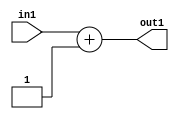
`timescale 1ps / 1ps
/*****************************************************************************
    Verilog RTL Description
    
    
    Created by: Stratus DpOpt 2019.1.01 
*******************************************************************************/

module feature_write_addr_gen_Add2i1u32_4_2 (
	in1,
	out1
	); /* architecture "behavioural" */ 
input [31:0] in1;
output [31:0] out1;
wire [31:0] asc001;

assign asc001 = 
	+(in1)
	+(32'B00000000000000000000000000000001);

assign out1 = asc001;
endmodule

/* CADENCE  ubL3TQE= : u9/ySgnWtBlWxVPRXgAZ4Og= ** DO NOT EDIT THIS LINE ******/